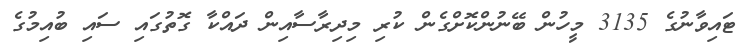
ޓައިވާނުގެ 3135 މީހުން ބޭނުންކޮށްގެން ކުރި މިދިރާސާއިން ދައްކާ ގޮތުގައި ސައި ބުއިމުގެ